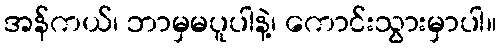
အန်ကယ်၊ ဘာမှမပူပါနဲ့၊ ကောင်းသွားမှာပါ။